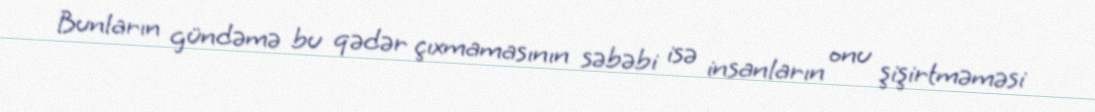
Bunların gündəmə bu qədər çıxmamasının səbəbi isə insanların onu şişirtməməsi